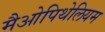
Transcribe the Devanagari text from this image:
मैओपिथेलियम